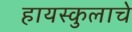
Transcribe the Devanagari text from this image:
हायस्कुलाचे